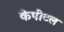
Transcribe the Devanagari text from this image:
केपीटल